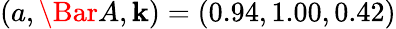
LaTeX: (a,\Bar{A},\mathbf{k})=(0.94,1.00,0.42)